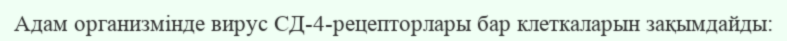
Адам организмінде вирус СД-4-рецепторлары бар клеткаларын зақымдайды: